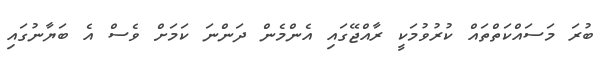
ބުރަ މަސައްކަތްތައް ކުރުވުމަކީ ރާއްޖޭގައި އެންމެން ދަންނަ ކަމަށް ވެސް އެ ބަޔާނުގައި